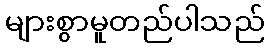
များစွာမူတည်ပါသည်